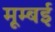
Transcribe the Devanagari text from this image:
मूम्बई